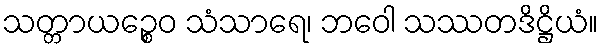
သတ္တာယဉ္စေဝ သံသာရေ၊ ဘဝေါ သဿတဒိဋ္ဌိယံ။